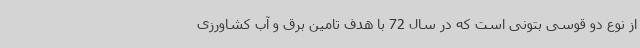
از نوع دو قوسی بتونی است که در سال 72 با هدف تامین برق و آب کشاورزی